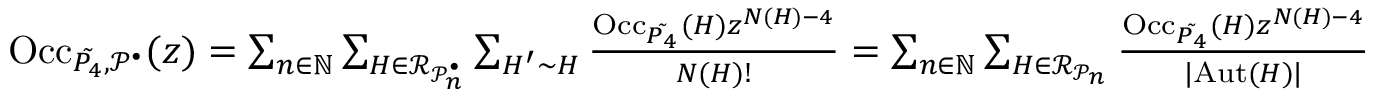
\begin{array} { r l } & { \mathrm { O c c } _ { \tilde { P _ { 4 } } , \mathcal { P } ^ { \bullet } } ( z ) = \sum _ { n \in \mathbb { N } } \sum _ { H \in \mathcal { R } _ { \mathcal { P } _ { n } ^ { \bullet } } } \sum _ { H ^ { \prime } \sim H } \frac { \mathrm { O c c } _ { \tilde { P _ { 4 } } } ( H ) z ^ { N ( H ) - 4 } } { N ( H ) ! } = \sum _ { n \in \mathbb { N } } \sum _ { H \in \mathcal { R } _ { \mathcal { P } _ { n } } } \frac { \mathrm { O c c } _ { \tilde { P _ { 4 } } } ( H ) z ^ { N ( H ) - 4 } } { | \mathrm { A u t } ( H ) | } } \end{array}